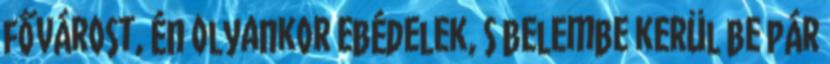
fővárost, Én olyankor ebédelek, S belembe kerül be pár